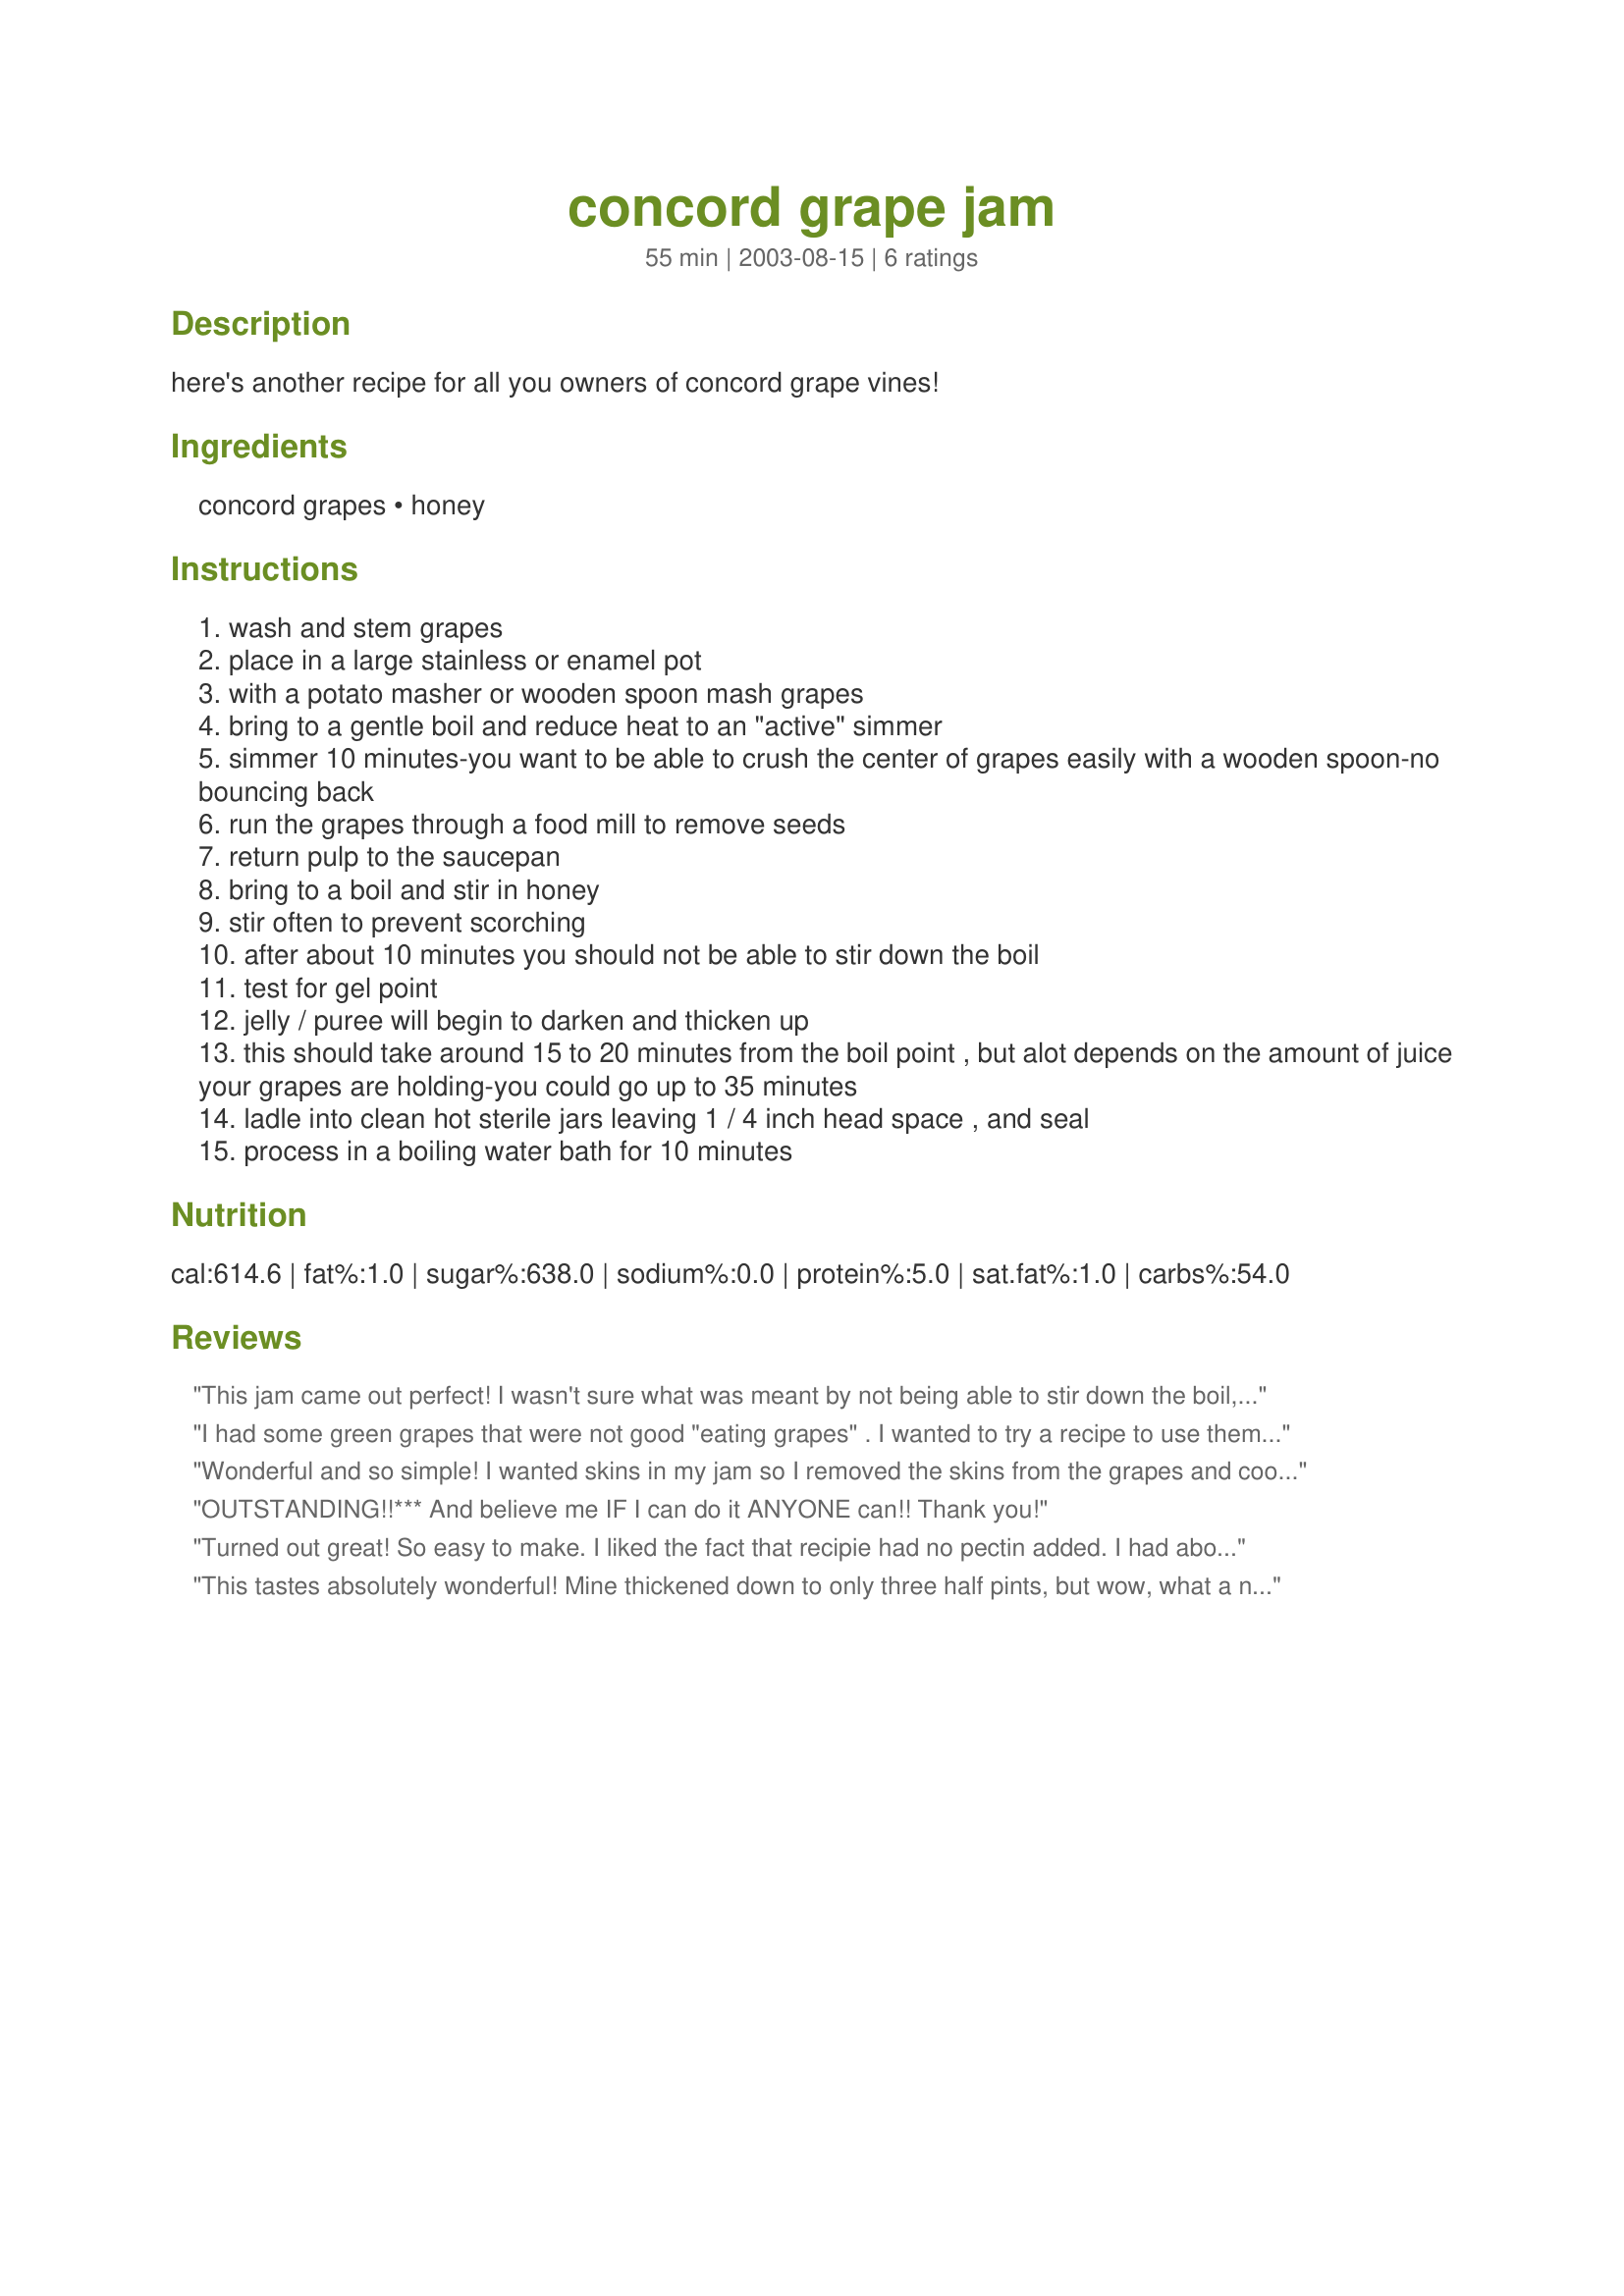
concord grape jam
Preparation time: 55 minutes

here's another recipe for all you owners of concord grape vines!

Ingredients:
concord grapes, honey

Steps:
wash and stem grapes
place in a large stainless or enamel pot
with a potato masher or wooden spoon mash grapes
bring to a gentle boil and reduce heat to an "active" simmer
simmer 10 minutes-you want to be able to crush the center of grapes easily with a wooden spoon-no bouncing back
run the grapes through a food mill to remove seeds
return pulp to the saucepan
bring to a boil and stir in honey
stir often to prevent scorching
after about 10 minutes you should not be able to stir down the boil
test for gel point
jelly / puree will begin to darken and thicken up
this should take around 15 to 20 minutes from the boil point , but alot depends on the amount of juice your grapes are holding-you could go up to 35 minutes
ladle into clean hot sterile jars leaving 1 / 4 inch head space , and seal
process in a boiling water bath for 10 minutes

Reviews:
This jam came out perfect! I wasn't sure what was meant by not being able to stir down the boil, but it was clear when I actually saw it happening in the pot. The taste is fabulous. Only a couple hours from vine to jars this afternoon!
I had some green grapes that were not good "eating grapes" . I wanted to try a recipe to use them and I found this recipe. I made 1/2 the recipe and it came out delish! I wasnt sure about the honey, since I have never made jam with it. The recipe came out wonderful Thanks DIB.
Wonderful and so simple! I wanted skins in my jam so I removed the skins from the grapes and cooked the skins and pulp separately, and then when I ran the pulp through the food mill I added it straight to the skins and continued with the recipe. I ended up with 3 and 1/2 half-pint jars.
OUTSTANDING!!*** And believe me IF I can do it ANYONE can!! Thank you!
Turned out great! So easy to make. I liked the fact that recipie had no pectin added. I had about 2lb of white and red grapes that need to be used up. I simply put in food processor and chpped up, simmered for a few minutes, brought to boil added honey and boiled for about 20 minutes. Might be a bit too sweet, will use a little less honey next time.
This tastes absolutely wonderful! Mine thickened down to only three half pints, but wow, what a nice color, consistency and taste! I was going to make this for gifts, but I just might squirrel this away for myself. I got to break in my new food mill too.
